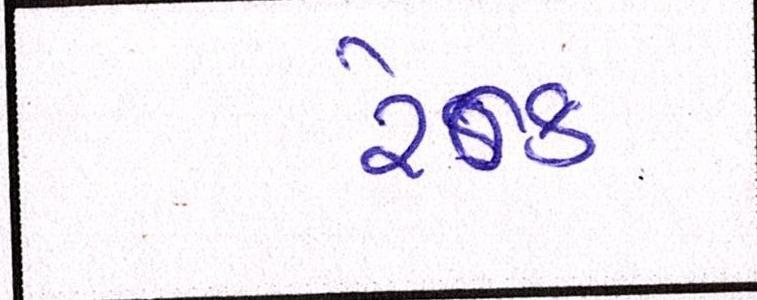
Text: રેન્ક